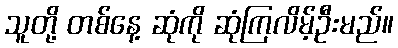
သူတို့ တစ်နေ့ ဆုံကို ဆုံကြလိမ့်ဦးမည်။